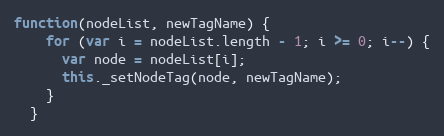
Language: JavaScript
function(nodeList, newTagName) {
    for (var i = nodeList.length - 1; i >= 0; i--) {
      var node = nodeList[i];
      this._setNodeTag(node, newTagName);
    }
  }